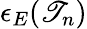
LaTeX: \epsilon_{E}(\mathscr{T}_{n})